Lunatic asylums Punjab 1895-1910 - 1895-1910
Year: 1895
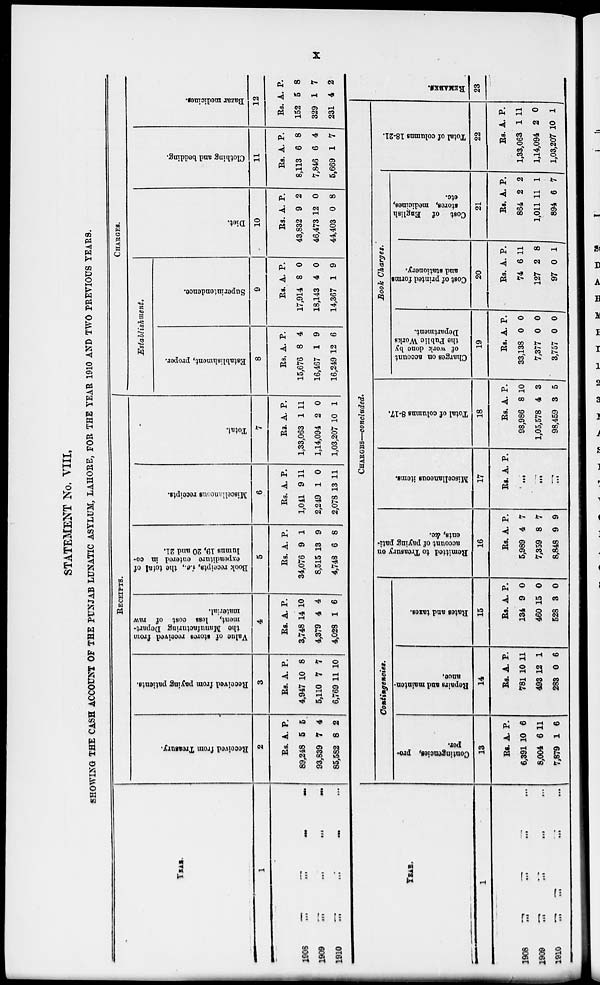
x
STATEMENT No. VIII.
SHOWING THE CASH ACCOUNT OF THE PUNJAB LUNATIC ASYLUM, LAHORE, FOR THE YEAR 1910 AND TWO PREVIOUS YEARS.
YEAR.
1
1908
...
...
...
...
...
1909
...
...
...
...
...
1910
...
...
...
...
...
RECEIPTS.
Received
from Treasury.
2
Rs.
89,248
93,839
85,582
A.
5
7
8
P.
5
4
2
Received from paying patients.
3
Rs.
4,947
5,110
6,769
A.
10
7
11
P.
8
7
10
Value
of stores received from
the Manufacturing Depart-
ment, less cost of raw
material.
4
Rs.
3,748
4,379
4,028
A.
14
4
1
P.
10
4
6
Book receipts, i.e., the total of
expenditure entered in co-
lumns 19, 20 and 21.
5
Rs.
34,076
8,515
4,748
A.
9
13
6
P.
1
9
8
Miscellaneous receipts.
6
Rs.
1,041
2,249
2,078
A.
9
1
13
P.
11
0
11
Total.
7
Rs.
1,33,063
1,14,094
1,03,207
A.
1
2
10
P.
11
0
1
CHARGES.
Establishment.
Establishment, proper.
8
Rs.
15,676
16,467
16,249
A.
8
1
12
P.
4
9
6
Superintendence.
9
Rs.
17,914
18,143
14,367
A.
8
4
1
P.
0
0
9
Diet.
10
Rs.
43,832
46,473
44,403
A.
9
12
0
P.
2
0
8
Clothing and bedding.
11
Rs.
8,113
7,846
5,669
A.
6
6
1
P.
8
4
7
Bazar medicines.
12
Rs.
152
329
231
A.
5
1
4
P.
8
7
2
YEAR.
1
1908 ... ... ... ... ...
1909 ... ... ... ... ...
1910 ... ... ... ... ...
CHARGES—concluded.
Contingencies.
Contingencies, pro-
per.
13
Rs.
6,391
8,004
7,879
A.
10
6
1
P.
6
11
6
Repairs and mainten-
ance.
14
Rs.
781
493
283
A.
10
12
0
P.
11
1
6
Rates and taxes.
15
Rs.
134
460
528
A.
9
15
3
P.
0
0
0
Remitted to Treasury on
account of paying pati-
ents, &c.
16
Rs.
5,989
7,359
8,848
A.
4
8
9
P.
7
7
9
Miscellaneous items.
17
Rs. A. P.
...
...
...
Total of columns 8.17.
18
Rs.
98,986
1,05,578
98,459
A.
8
4
3
P.
10
3
5
Book Charges.
Charges on account
of work done by
the Public Works
Department.
19
Rs.
33,138
7,377
3,757
A.
0
0
0
P.
0
0
0
Cost of printed forms
and stationery.
20
Rs.
74
127
97
A.
6
2
0
P.
11
8
1
Cost of
English
stores, medicines,
etc.
21
Rs.
864
1,011
894
A.
2
11
6
P.
2
1
7
Total of columns 18.21.
22
Rs.
1,33,063
1,14,094
1,03,207
A.
1
2
10
P.
11
0
1
REMARKS.
23